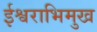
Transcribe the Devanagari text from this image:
ईश्वराभिमुख